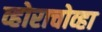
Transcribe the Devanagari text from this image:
व्होराचोव्हा